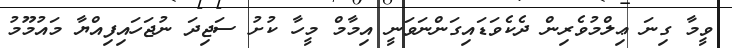
ވީމާ ގިނަ ޢިލްމުވެރިން ދެކެވަޑައިގަންނަވަނީ އިމާމް މީހާ ކުށު ސަޖިދަ ނުޖަހައިފިއްޔާ މައުމޫމު